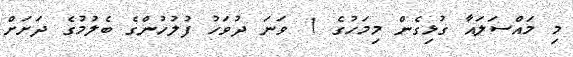
މި މައްސަލައާ ގުޅިގެން މިމަހުގެ 1 ވަނަ ދުވަހު ފުލުހުންގެ ބެލުމުގެ ދަށަށް